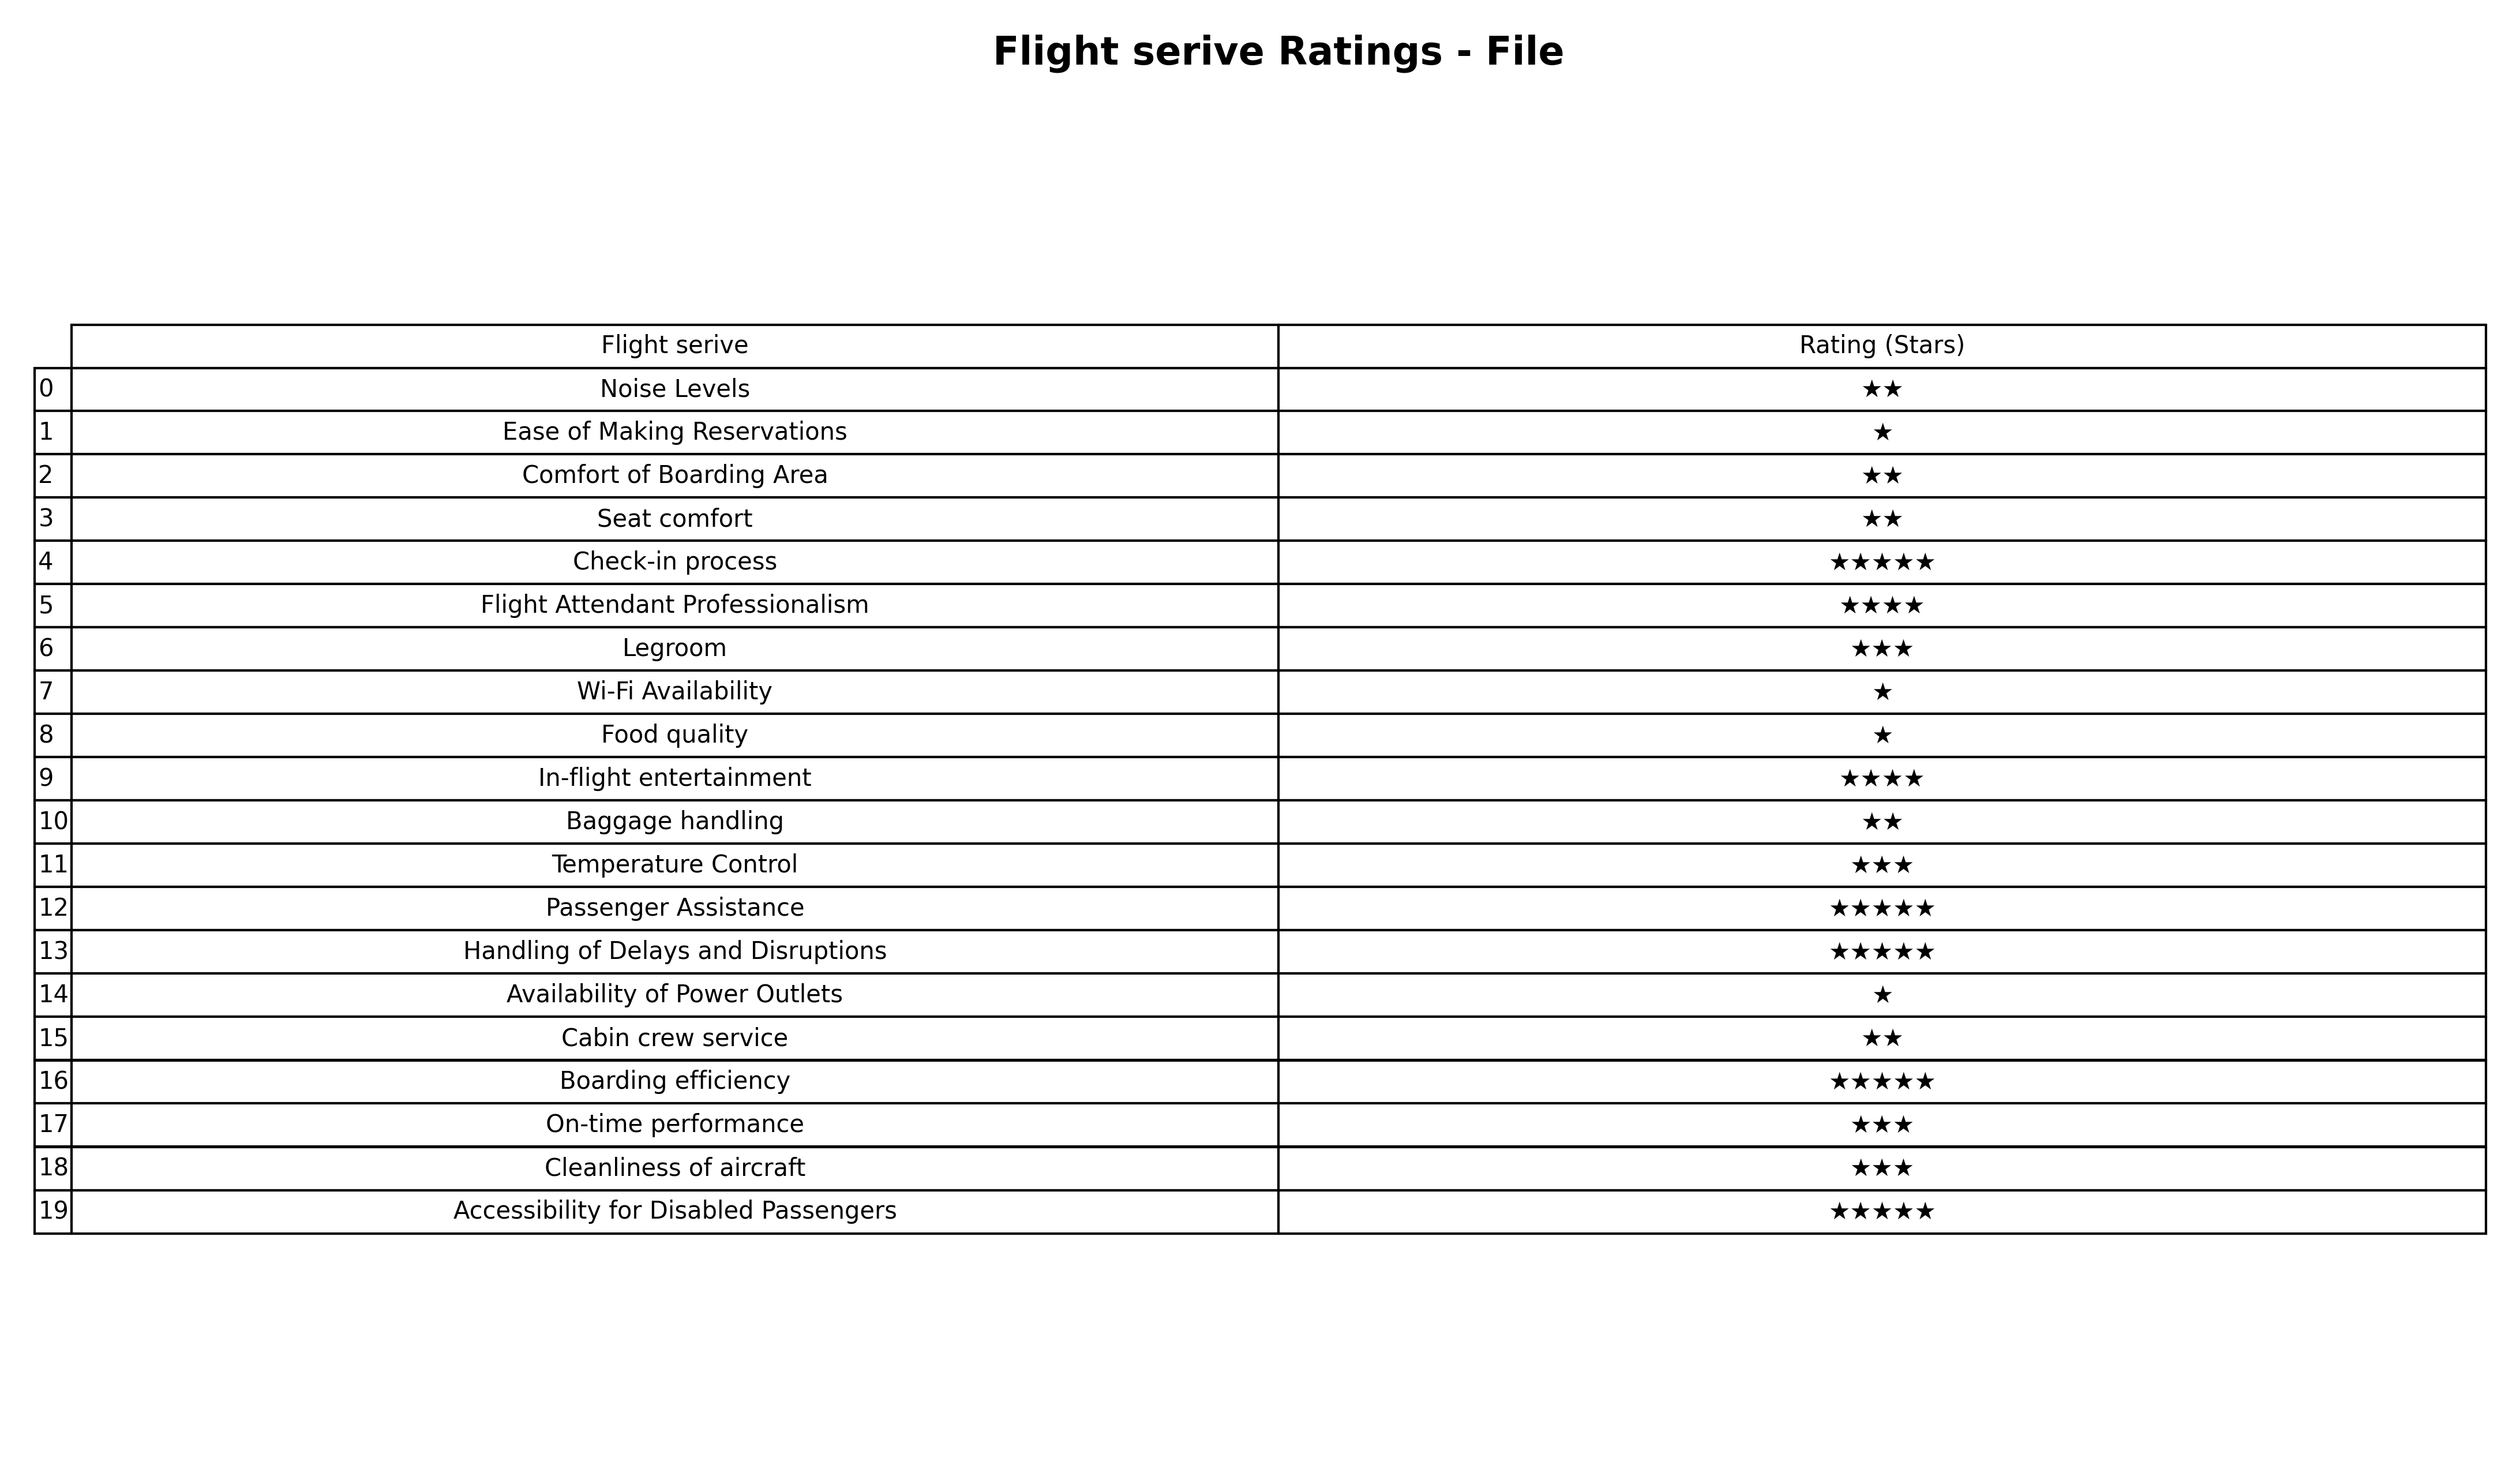
question: What are two star services?
answer: Noise LevelsComfort of Boarding AreaSeat comfortBaggage handlingCabin crew service